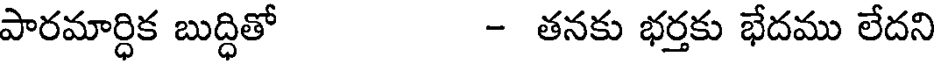
పారమార్ధిక బుద్ధితో - తనకు భర్తకు భేదము లేదని